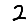
Digit: 2